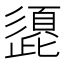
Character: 頾